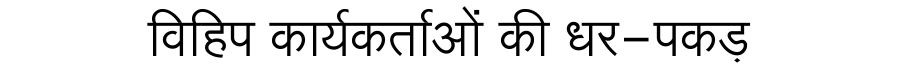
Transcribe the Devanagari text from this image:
विहिप कार्यकर्ताओं की धर-पकड़